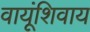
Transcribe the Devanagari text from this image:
वायूंशिवाय